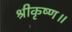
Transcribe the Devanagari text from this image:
श्रीकृष्ण॥